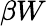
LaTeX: \beta W